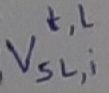
Text: t,l Vsl,i